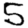
Digit: 5